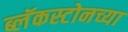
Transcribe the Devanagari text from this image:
ब्लॅकस्टोनच्या